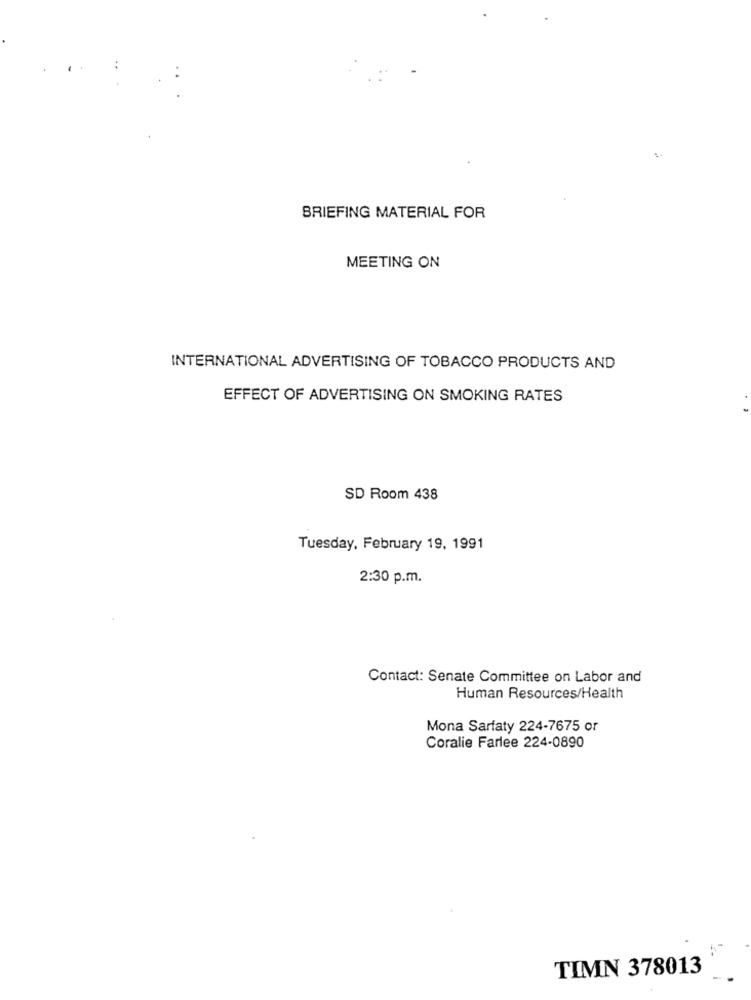
BRIEFING MATERIAL FOR
MEETING ON
INTERNATIONAL ADVERTISING OF TOBACCO PRODUCTS AND
EFFECT OF ADVERTISING ON SMOKING RATES
SD Room 438
Tuesday, February 19, 1991
2:30 p.m.
Contact: Senate Committee on Labor and
Human Resources/Health
Mona Sarfaty 224-7675 or
Coralie Farlee 224-0890
TIMN 378013